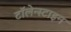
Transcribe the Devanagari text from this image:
टॉलेन्स्टाइन